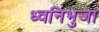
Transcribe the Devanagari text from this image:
ध्वनिभुजा